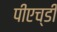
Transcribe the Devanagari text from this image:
पीएच्‌डी